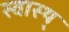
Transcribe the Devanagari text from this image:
स्वास्थ्